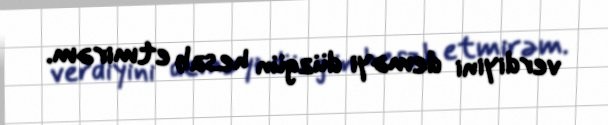
verdiyini deməyi düzgün hesab etmirəm.